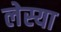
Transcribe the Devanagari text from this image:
लेस्या